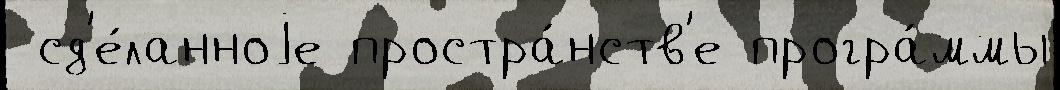
 сд'е́ланноjе простра́нств'е програ́ммы